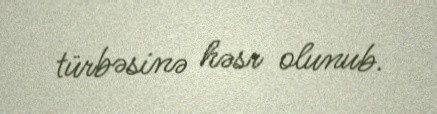
türbəsinə həsr olunub.